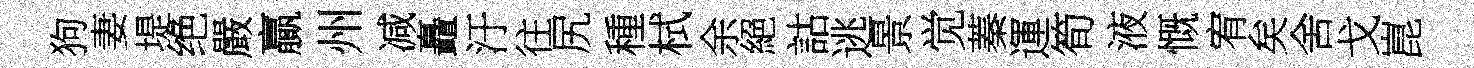
狗妻堤绝嚴贏州减矗汙往尻種栻余絕詁逃景觉蓁運筍液慨宥矣舍戈崑